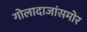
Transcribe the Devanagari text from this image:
गोलादाजांसमोर